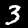
Label: 3